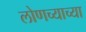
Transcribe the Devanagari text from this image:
लोणच्याच्या